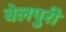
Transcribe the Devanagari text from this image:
बेलपुरी